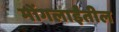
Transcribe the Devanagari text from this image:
मोंगलाईंतील